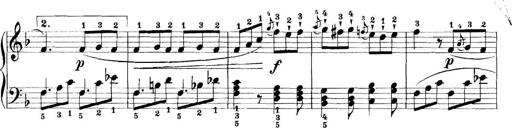
Title: 11 Sonatinas
Composer: Anton Diabelli